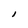
Character: I